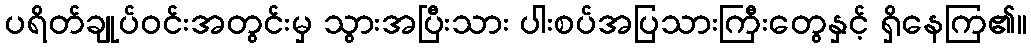
ပရိတ်ချုပ်ဝင်းအတွင်းမှ သွားအပြီးသား ပါးစပ်အပြသားကြီးတွေနှင့် ရှိနေကြ၏။